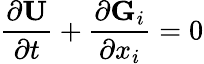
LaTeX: \frac{\partial\textbf{U}}{\partial t}+\frac{\partial\textbf{G}_{i}}{\partial x_{i}}=0